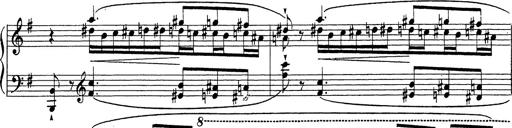
Title: Grosses Konzertsolo
Composer: Franz Liszt